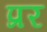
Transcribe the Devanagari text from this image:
प्रर